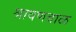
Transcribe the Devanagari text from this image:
श्रावणबाळ